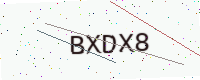
Text: BXDX8